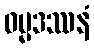
ဓမ္မဒဿနံ